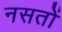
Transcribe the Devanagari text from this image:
नसतों